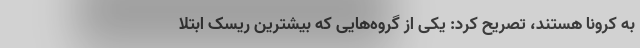
به کرونا هستند، تصریح کرد: یکی از گروه‌هایی که بیشترین ریسک ابتلا